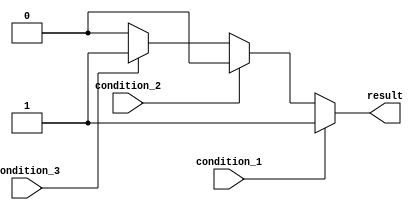
module multiple_if_else (
    input wire condition_1,
    input wire condition_2,
    input wire condition_3,
    output reg result
);

always @* begin
    if (condition_1) begin
        result = 1;
    end
    else if (condition_2) begin
        result = 2;
    end
    else if (condition_3) begin
        result = 3;
    end
    else begin
        result = 0; // Default case
    end
end

endmodule